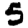
Digit: 5